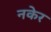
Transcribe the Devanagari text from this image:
नकेर